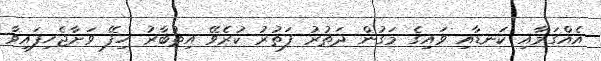
އެއްގަމާއި ކަނޑާއި ވައިގެ މަގުން ދަތުރު ފަތުރު ކުރެވޭ އިތުބާރު ހިފޭ ވަށާޖެހިފައިވާ